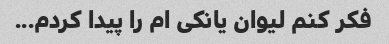
فکر کنم لیوان یانکی ام را پیدا کردم...